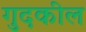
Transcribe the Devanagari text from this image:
गुदकील